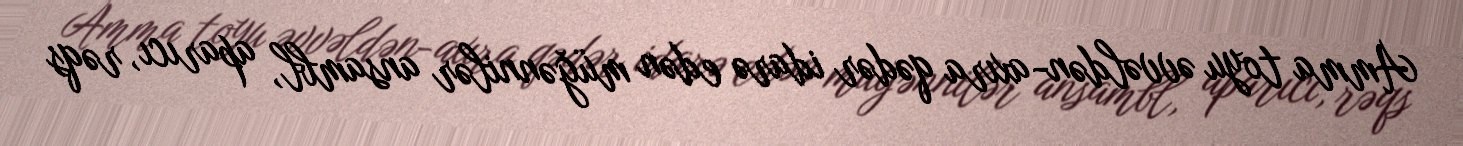
Amma toyu əvvəldən-axıra qədər idarə edən müğənnilər ansambl, aparıcı, rəqs